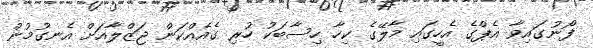
ފޯނުގައިވާ އެޕްގެ އެހީގައި މާލޭގެ ކިހާ ހިސާބަކު ހުރި ގެއެއްކަން ޖަޒްލާއަށް އެނގުމުން